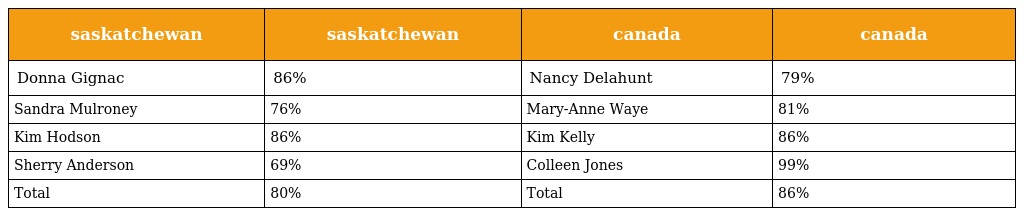
| saskatchewan | saskatchewan | canada | canada |
 | --- | --- | --- | --- |
 | Donna Gignac | 86% | Nancy Delahunt | 79% |
 | Sandra Mulroney | 76% | Mary-Anne Waye | 81% |
 | Kim Hodson | 86% | Kim Kelly | 86% |
 | Sherry Anderson | 69% | Colleen Jones | 99% |
 | Total | 80% | Total | 86% |